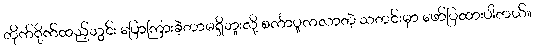
တိုက်ရိုက်ထည့်သွင်း ပြောကြားခဲ့တာမရှိဘူးလို့ စင်္ကာပူကလာတဲ့ သတင်းမှာ ဖော်ပြထားပါတယ်။